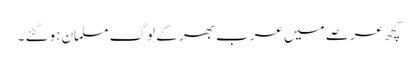
کچھ عرصے میں عرب بھر کے لوگ مسلمان ہوگئے ۔